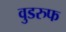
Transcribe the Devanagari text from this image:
वुडरुफ